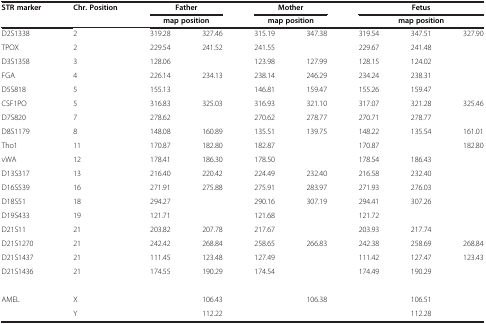
<table><thead><tr><td><b>STR marker</b></td><td><b>Chr. Position</b></td><td colspan="2"><b>Father</b></td><td colspan="2"><b>Mother</b></td><td colspan="3"><b>Fetus</b></td></tr><tr><td><b> </b></td><td><b> </b></td><td colspan="2"><b>map position</b></td><td colspan="2"><b>map position</b></td><td colspan="3"><b>map position</b></td></tr></thead><tbody><tr><td>D2S1338</td><td>2</td><td>319.28</td><td>327.46</td><td>315.19</td><td>347.38</td><td>319.54</td><td>347.51</td><td>327.90</td></tr><tr><td>TPOX</td><td>2</td><td>229.54</td><td>241.52</td><td>241.55</td><td> </td><td>229.67</td><td>241.48</td><td> </td></tr><tr><td>D3S1358</td><td>3</td><td>128.06</td><td> </td><td>123.98</td><td>127.99</td><td>128.15</td><td>124.02</td><td> </td></tr><tr><td>FGA</td><td>4</td><td>226.14</td><td>234.13</td><td>238.14</td><td>246.29</td><td>234.24</td><td>238.31</td><td> </td></tr><tr><td>D5S818</td><td>5</td><td>155.13</td><td> </td><td>146.81</td><td>159.47</td><td>155.26</td><td>159.47</td><td> </td></tr><tr><td>CSF1PO</td><td>5</td><td>316.83</td><td>325.03</td><td>316.93</td><td>321.10</td><td>317.07</td><td>321.28</td><td>325.46</td></tr><tr><td>D7S820</td><td>7</td><td>278.62</td><td> </td><td>270.62</td><td>278.77</td><td>270.71</td><td>278.77</td><td> </td></tr><tr><td>D8S1179</td><td>8</td><td>148.08</td><td>160.89</td><td>135.51</td><td>139.75</td><td>148.22</td><td>135.54</td><td>161.01</td></tr><tr><td>Tho1</td><td>11</td><td>170.87</td><td>182.80</td><td>182.87</td><td> </td><td>170.87</td><td> </td><td>182.80</td></tr><tr><td>vWA</td><td>12</td><td>178.41</td><td>186.30</td><td>178.50</td><td> </td><td>178.54</td><td>186.43</td><td> </td></tr><tr><td>D13S317</td><td>13</td><td>216.40</td><td>220.42</td><td>224.49</td><td>232.40</td><td>216.58</td><td>232.40</td><td> </td></tr><tr><td>D16S539</td><td>16</td><td>271.91</td><td>275.88</td><td>275.91</td><td>283.97</td><td>271.93</td><td>276.03</td><td> </td></tr><tr><td>D18S51</td><td>18</td><td>294.27</td><td> </td><td>290.16</td><td>307.19</td><td>294.41</td><td>307.26</td><td> </td></tr><tr><td>D19S433</td><td>19</td><td>121.71</td><td> </td><td>121.68</td><td> </td><td>121.72</td><td> </td><td> </td></tr><tr><td>D21S11</td><td>21</td><td>203.82</td><td>207.78</td><td>217.67</td><td> </td><td>203.93</td><td>217.74</td><td> </td></tr><tr><td>D21S1270</td><td>21</td><td>242.42</td><td>268.84</td><td>258.65</td><td>266.83</td><td>242.38</td><td>258.69</td><td>268.84</td></tr><tr><td>D21S1437</td><td>21</td><td>111.45</td><td>123.48</td><td>127.49</td><td> </td><td>111.42</td><td>127.47</td><td>123.43</td></tr><tr><td>D21S1436</td><td>21</td><td>174.55</td><td>190.29</td><td>174.54</td><td> </td><td>174.49</td><td>190.29</td><td> </td></tr><tr><td> </td><td> </td><td> </td><td> </td><td> </td><td> </td><td> </td><td> </td><td> </td></tr><tr><td>AMEL</td><td>X</td><td> </td><td>106.43</td><td> </td><td>106.38</td><td> </td><td>106.51</td><td> </td></tr><tr><td> </td><td>Y</td><td> </td><td>112.22</td><td> </td><td> </td><td> </td><td>112.28</td><td> </td></tr></tbody></table>